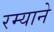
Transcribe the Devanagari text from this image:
रम्याने